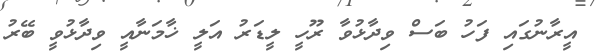
އީރާނުގައި ފަހު ބަސް ވިދާޅުވާ ރޫހީ ލީޑަރު އަލީ ޚާމަނާއީ ވިދާޅުވީ ބޭރު